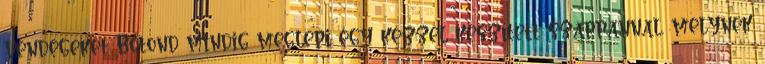
vendégeket Botond mindig meglepi egy kézzel készített szappannal, melynek